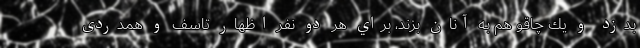
بدزد و يك چاقو هم به آنان بزند، براي هر دو نفر اظهار تاسف و همدردی